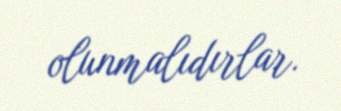
olunmalıdırlar.